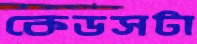
কেডসটা